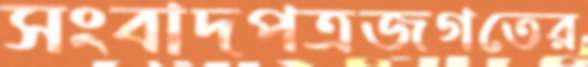
সংবাদপত্রজগতের